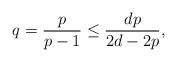
LaTeX: \begin{align*} q=\frac{p}{p-1}\le \frac{dp}{2d-2p},\end{align*}